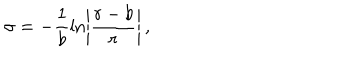
LaTeX: \sigma = - \frac { 1 } { b } \ln \left| \frac { r - b } { r } \right| \, ,